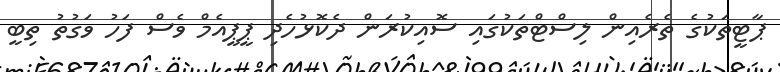
ޕާޓީތަކުގެ ތެރެއިން ލިސްޓްތަކުގައި ސޮއިކުރަން ދެކޮޅުހެދި ޕީޕީއެމް ވެސް ފަހު ވަގުތު ތިބީ